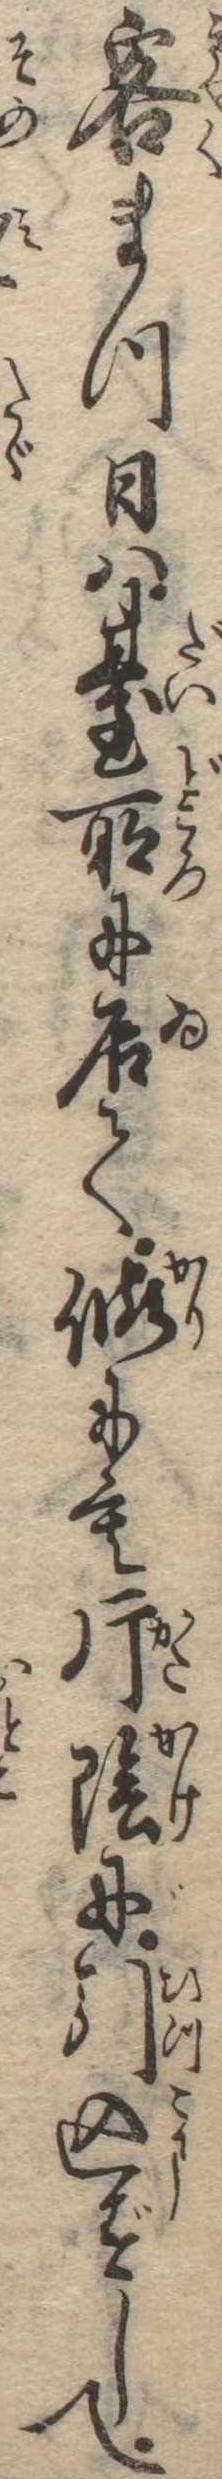
客まつ日は台所に居て仮にも片陰に引込ずして